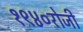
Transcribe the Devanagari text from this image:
१९४०रोजी